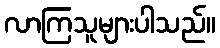
လာကြသူများပါသည်။